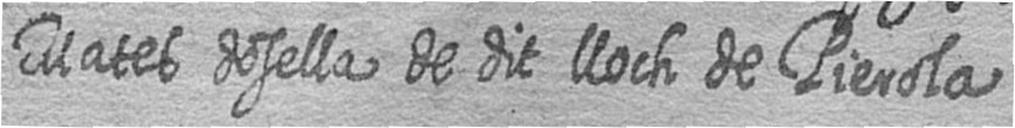
Mates dosella de dit lloch de Pierola